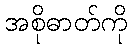
အစိုဓာတ်ကို